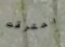
احترقت